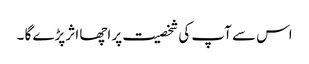
اس سے آپ کی شخصیت پر اچھا اثر پڑے گا ۔